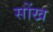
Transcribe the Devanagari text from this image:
सोंख